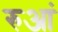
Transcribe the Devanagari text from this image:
रुआं